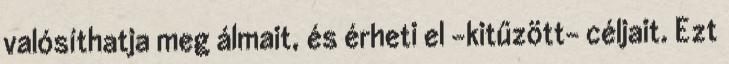
valósíthatja meg álmait, és érheti el -kitűzött- céljait. Ezt